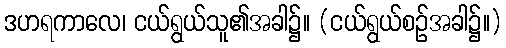
ဒဟရကာလေ၊ ငယ်ရွယ်သူ၏အခါ၌။ (ငယ်ရွယ်စဉ်အခါ၌။)